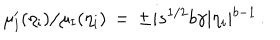
\mu _ { \mathrm { I } } ^ { \prime } ( \eta _ { \mathrm { i } } ) / \mu _ { \mathrm { I } } ( \eta _ { \mathrm { i } } ) \, = \, \pm i s ^ { 1 / 2 } b \gamma \vert \eta _ { i } \vert ^ { b - 1 } \, .